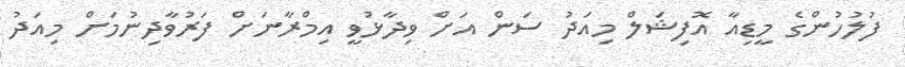
ފުލުހުންގެ މީޑިއާ އޮފިޝަލް މިއަދު ސަން އަށް ވިދާޅުވީ އިމްރާނަށް ފަރުވާދިނުމަށް މިއަދު